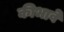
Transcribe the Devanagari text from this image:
कीभावे